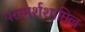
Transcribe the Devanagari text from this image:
परामर्शशामिल